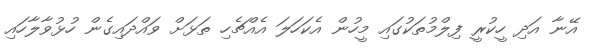
އޭނާ އަދި ހީކުރީ ފިލްމުތަކުގައި މީހުން އެކަހަލަ އެއްޗެހި ތަޅަށް ވައްދައިގެން ހުޅުވާލާހައި